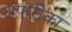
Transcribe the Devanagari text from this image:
अफ़रीका